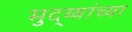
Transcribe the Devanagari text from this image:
मुद्य्यांच्या